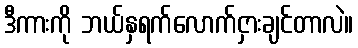
ဒီကားကို ဘယ်နှရက်လောက်ငှားချင်တာလဲ။